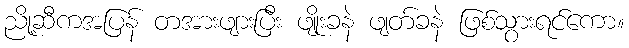
ညို့ဆီကအပြန် တအားဖျားပြီး ဖျိုးခနဲ ဖျတ်ခနဲ ဖြစ်သွားရင်ကော။